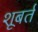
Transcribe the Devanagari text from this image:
शूबर्त